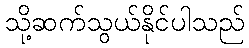
သို့ဆက်သွယ်နိုင်ပါသည်